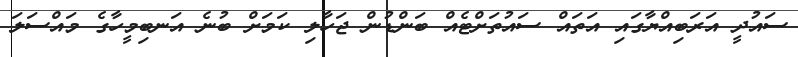
ސައުދީ އަރަބިއްޔާގައި އަތައް ސައުތަށްޓެއް ބަންޑުން ޖަހާލި ކަމަށް ބުނެ އަނބިމީހާގެ މައްސަލަ